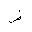
Letter: _dad